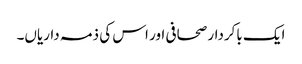
ایک باکردار صحافی اور اس کی ذمہ داریاں۔